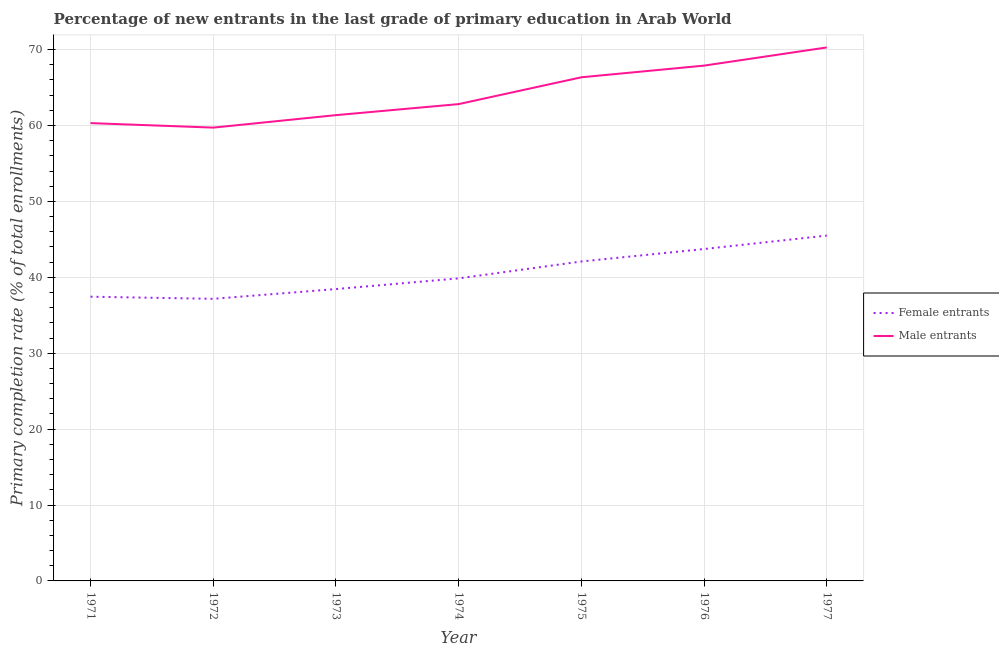
| Year | Female entrants | Male entrants |
 | --- | --- | --- |
 | 1971 | 37.4 | 60.3 |
 | 1972 | 37.2 | 59.7 |
 | 1973 | 38.4 | 61.4 |
 | 1974 | 39.9 | 62.8 |
 | 1975 | 42.1 | 66.3 |
 | 1976 | 43.7 | 67.9 |
 | 1977 | 45.5 | 70.3 |